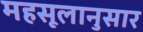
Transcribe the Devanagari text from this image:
महसूलानुसार